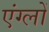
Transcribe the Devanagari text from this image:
एंग्लों